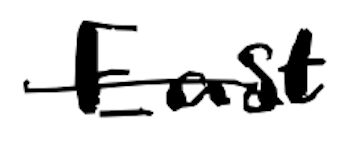
Text: East
Cross-out: single-line
Writing tool: digital_black